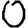
Digit: 0